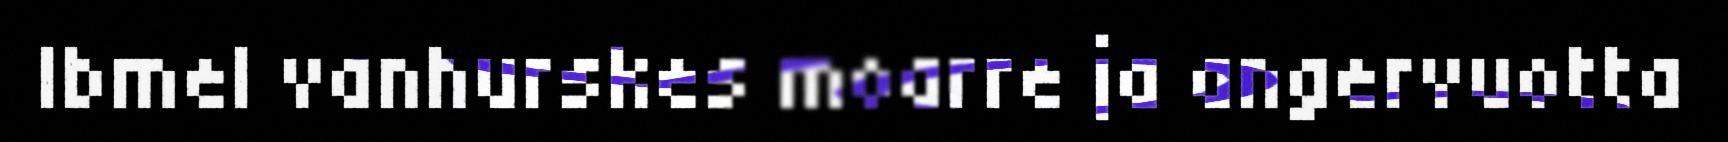
Ibmel vanhurskes moarre ja angervuotta